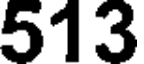
513